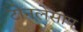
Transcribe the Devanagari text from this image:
टोनलेसाप